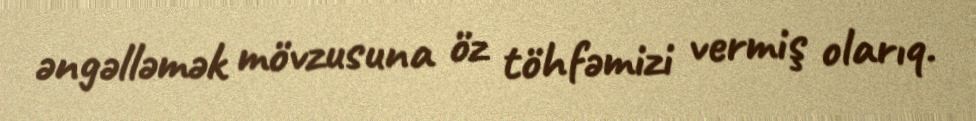
əngəlləmək mövzusuna öz töhfəmizi vermiş olarıq.